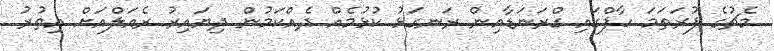
މެޗުގެ ފުރަތަމަ ހާފްގައި ގްރަނަޑާއިން ރަނގަޅު ކުޅުމެއް ދެއްކަމުން ދިޔައިރު ރެއަލްއަށް އިތުރު